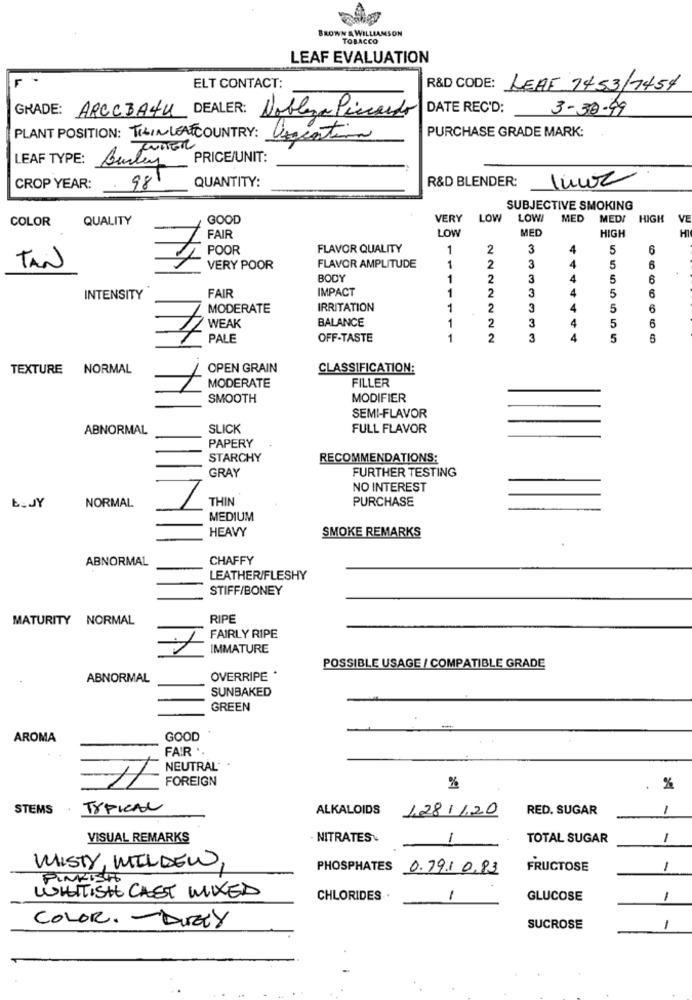
BROWN & WILLIAMSON
TOBACCO
LEAF EVALUATION
ELT CONTACT:
R&D CODE: LEAF 7453/1457
GRADE: ARCCBAHU DEALER: Nobleza Piccardo
DATE REC'D: 3-30-99
PURCHASE GRADE MARK:
PLANT POSITION: TILIN LEAT COUNTRY:
Cogentina
PRICE/UNIT:
LEAF TYPE: Burley
981
R&D BLENDER:
CROP YEAR: .
QUANTITY:
SUBJECTIVE SMOKING
COLOR
QUALITY
GOOD
VERY
LOW
LOW!
MED
MEDI
HIGH
VE
FAIR
LOW
MED
HIGH
FLAVOR QUALITY
1
2
3
4
5
6
1
3
TAN
VERY POOR
FLAVOR AMPLITUDE
2
5
6
BODY
1
2
3
5
6
FAIR
IMPACT
1
2
3
5
6
INTENSITY
MODERATE
IRRITATION
1
2
3
5
6
BALANCE
1
3
4
5
6
2
PALE
OFF-TASTE
1
2
3
5
TEXTURE NORMAL
OPEN GRAIN
CLASSIFICATION:
FILLER
1
MODERATE
SMOOTH
MODIFIER
SEMI-FLAVOR
ABNORMAL
SLICK
FULL FLAVOR
PAPERY
STARCHY
RECOMMENDATIONS:
GRAY
FURTHER TESTING
NO INTEREST
THIN
PURCHASE
L.JY
NORMAL
MEDIUM
HEAVY
SMOKE REMARKS
ABNORMAL
CHAFFY
LEATHER/FLESHY
STIFF/BONEY
MATURITY NORMAL
RIPE
FAIRLY RIPE
IMMATURE
POSSIBLE USAGE / COMPATIBLE GRADE
ABNORMAL
OVERRIPE *
SUNBAKED
GREEN
-
AROMA
GOOD
FAIR ..
NEUTRAL
FOREIGN
%
.
STEMS
TYPICAL
ALKALOIDS
1.281/20
RED. SUGAR
-
VISUAL REMARKS
NITRATES
1
TOTAL SUGAR
-
MISTY, MILDEW,
PHOSPHATES 0.79.10.83
FRUCTOSE
PINKETT
WHITISH CAST MIXED
CHLORIDES
-
GLUCOSE
1
COLOR. - DUETY
SUCROSE
-